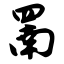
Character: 罱